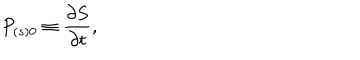
LaTeX: P _ { \left( s \right) 0 } \equiv \frac { \partial S } { \partial t } ,